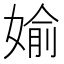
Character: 媮